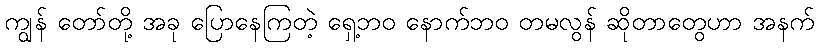
ကျွန် တော်တို့ အခု ပြောနေကြတဲ့ ရှေ့ဘဝ နောက်ဘဝ တမလွန် ဆိုတာတွေဟာ အနက်